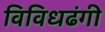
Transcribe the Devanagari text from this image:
विविधढंगी